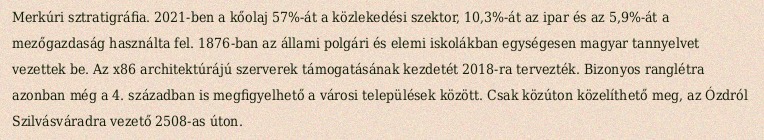
Merkúri sztratigráfia. 2021-ben a kőolaj 57%-át a közlekedési szektor, 10,3%-át az ipar és az 5,9%-át a mezőgazdaság használta fel. 1876-ban az állami polgári és elemi iskolákban egységesen magyar tannyelvet vezettek be. Az x86 architektúrájú szerverek támogatásának kezdetét 2018-ra tervezték. Bizonyos ranglétra azonban még a 4. században is megfigyelhető a városi települések között. Csak közúton közelíthető meg, az Ózdról Szilvásváradra vezető 2508-as úton.